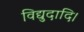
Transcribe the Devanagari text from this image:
विद्युदादि।